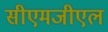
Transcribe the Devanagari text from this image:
सीएमजीएल